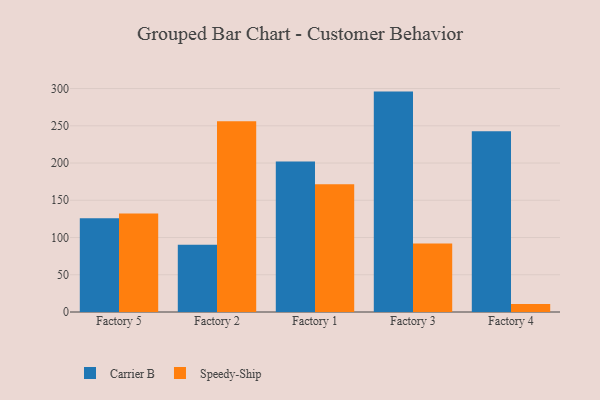
{"axis": {"x": "Factory", "y": "Satisfaction Score"}, "legend": ["Carrier B", "Speedy-Ship"], "data": [{"x": "Factory 5", "y": 125.7, "type": "Carrier B"}, {"x": "Factory 5", "y": 132.3, "type": "Speedy-Ship"}, {"x": "Factory 2", "y": 90.2, "type": "Carrier B"}, {"x": "Factory 2", "y": 256.0, "type": "Speedy-Ship"}, {"x": "Factory 1", "y": 202.1, "type": "Carrier B"}, {"x": "Factory 1", "y": 171.5, "type": "Speedy-Ship"}, {"x": "Factory 3", "y": 295.9, "type": "Carrier B"}, {"x": "Factory 3", "y": 92.1, "type": "Speedy-Ship"}, {"x": "Factory 4", "y": 242.7, "type": "Carrier B"}, {"x": "Factory 4", "y": 10.8, "type": "Speedy-Ship"}]}